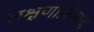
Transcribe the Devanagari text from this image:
लक्षणांशिवाय